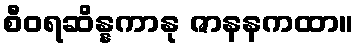
စီဝရဆိန္နကာနု ဇာနနကထာ။